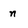
Character: n